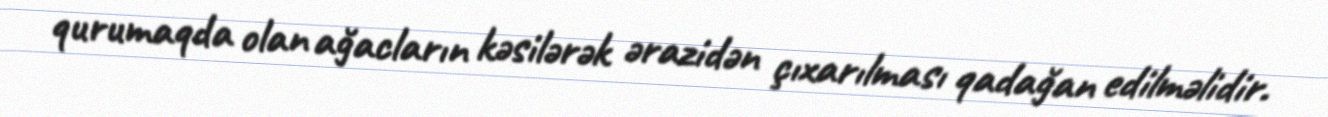
qurumaqda olan ağacların kəsilərək ərazidən çıxarılması qadağan edilməlidir.